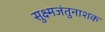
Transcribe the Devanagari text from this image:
सुक्ष्मजंतुनाशक